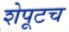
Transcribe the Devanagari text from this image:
शेपूटच